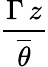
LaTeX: \frac{\Gamma\, z}{\overline{{\theta}}}